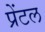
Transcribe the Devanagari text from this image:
प्रेंटल